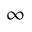
\infty